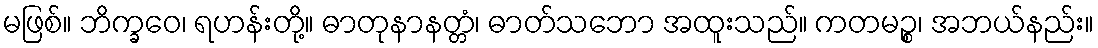
မဖြစ်။ ဘိက္ခဝေ၊ ရဟန်းတို့။ ဓာတုနာနတ္တံ၊ ဓာတ်သဘော အထူးသည်။ ကတမဉ္စ၊ အဘယ်နည်း။